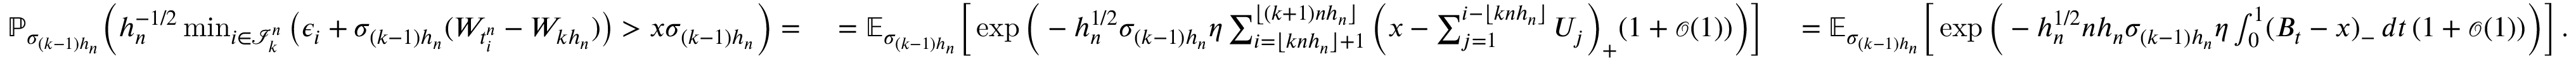
\begin{array} { r l r l } & { \mathbb { P } _ { \sigma _ { ( k - 1 ) h _ { n } } } \Big ( h _ { n } ^ { - 1 / 2 } \operatorname* { m i n } _ { i \in \mathcal { I } _ { k } ^ { n } } \big ( \epsilon _ { i } + \sigma _ { ( k - 1 ) h _ { n } } ( W _ { t _ { i } ^ { n } } - W _ { k h _ { n } } ) \big ) > x \sigma _ { ( k - 1 ) h _ { n } } \Big ) = \ } & { = \mathbb { E } _ { \sigma _ { ( k - 1 ) h _ { n } } } \Big [ \exp \Big ( - h _ { n } ^ { 1 / 2 } \sigma _ { ( k - 1 ) h _ { n } } \eta \sum _ { i = \lfloor k n h _ { n } \rfloor + 1 } ^ { \lfloor ( k + 1 ) n h _ { n } \rfloor } \Big ( x - \sum _ { j = 1 } ^ { i - \lfloor k n h _ { n } \rfloor } U _ { j } \Big ) _ { + } ( 1 + { \scriptstyle { \mathcal { O } } } ( 1 ) ) \Big ) \Big ] \ } & { = \mathbb { E } _ { \sigma _ { ( k - 1 ) h _ { n } } } \Big [ \exp \Big ( - h _ { n } ^ { 1 / 2 } n h _ { n } \sigma _ { ( k - 1 ) h _ { n } } \eta \int _ { 0 } ^ { 1 } ( B _ { t } - x ) _ { - } \, d t \, ( 1 + { \scriptstyle { \mathcal { O } } } ( 1 ) ) \Big ) \Big ] \, . } \end{array}